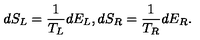
d S _ { L } = { \frac { 1 } { T _ { L } } } d E _ { L } , d S _ { R } = { \frac { 1 } { T _ { R } } } d E _ { R } .